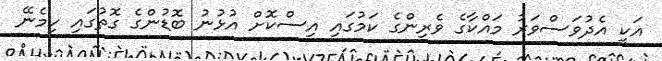
އަކީ އެދުވަސްވަރު މައްކާގެ ވެރިންގެ ކަމުގައި އިސްކޮށް އުޅުނު ބޮޑުންގެ ގޮތުގައި ހިމެނޭ